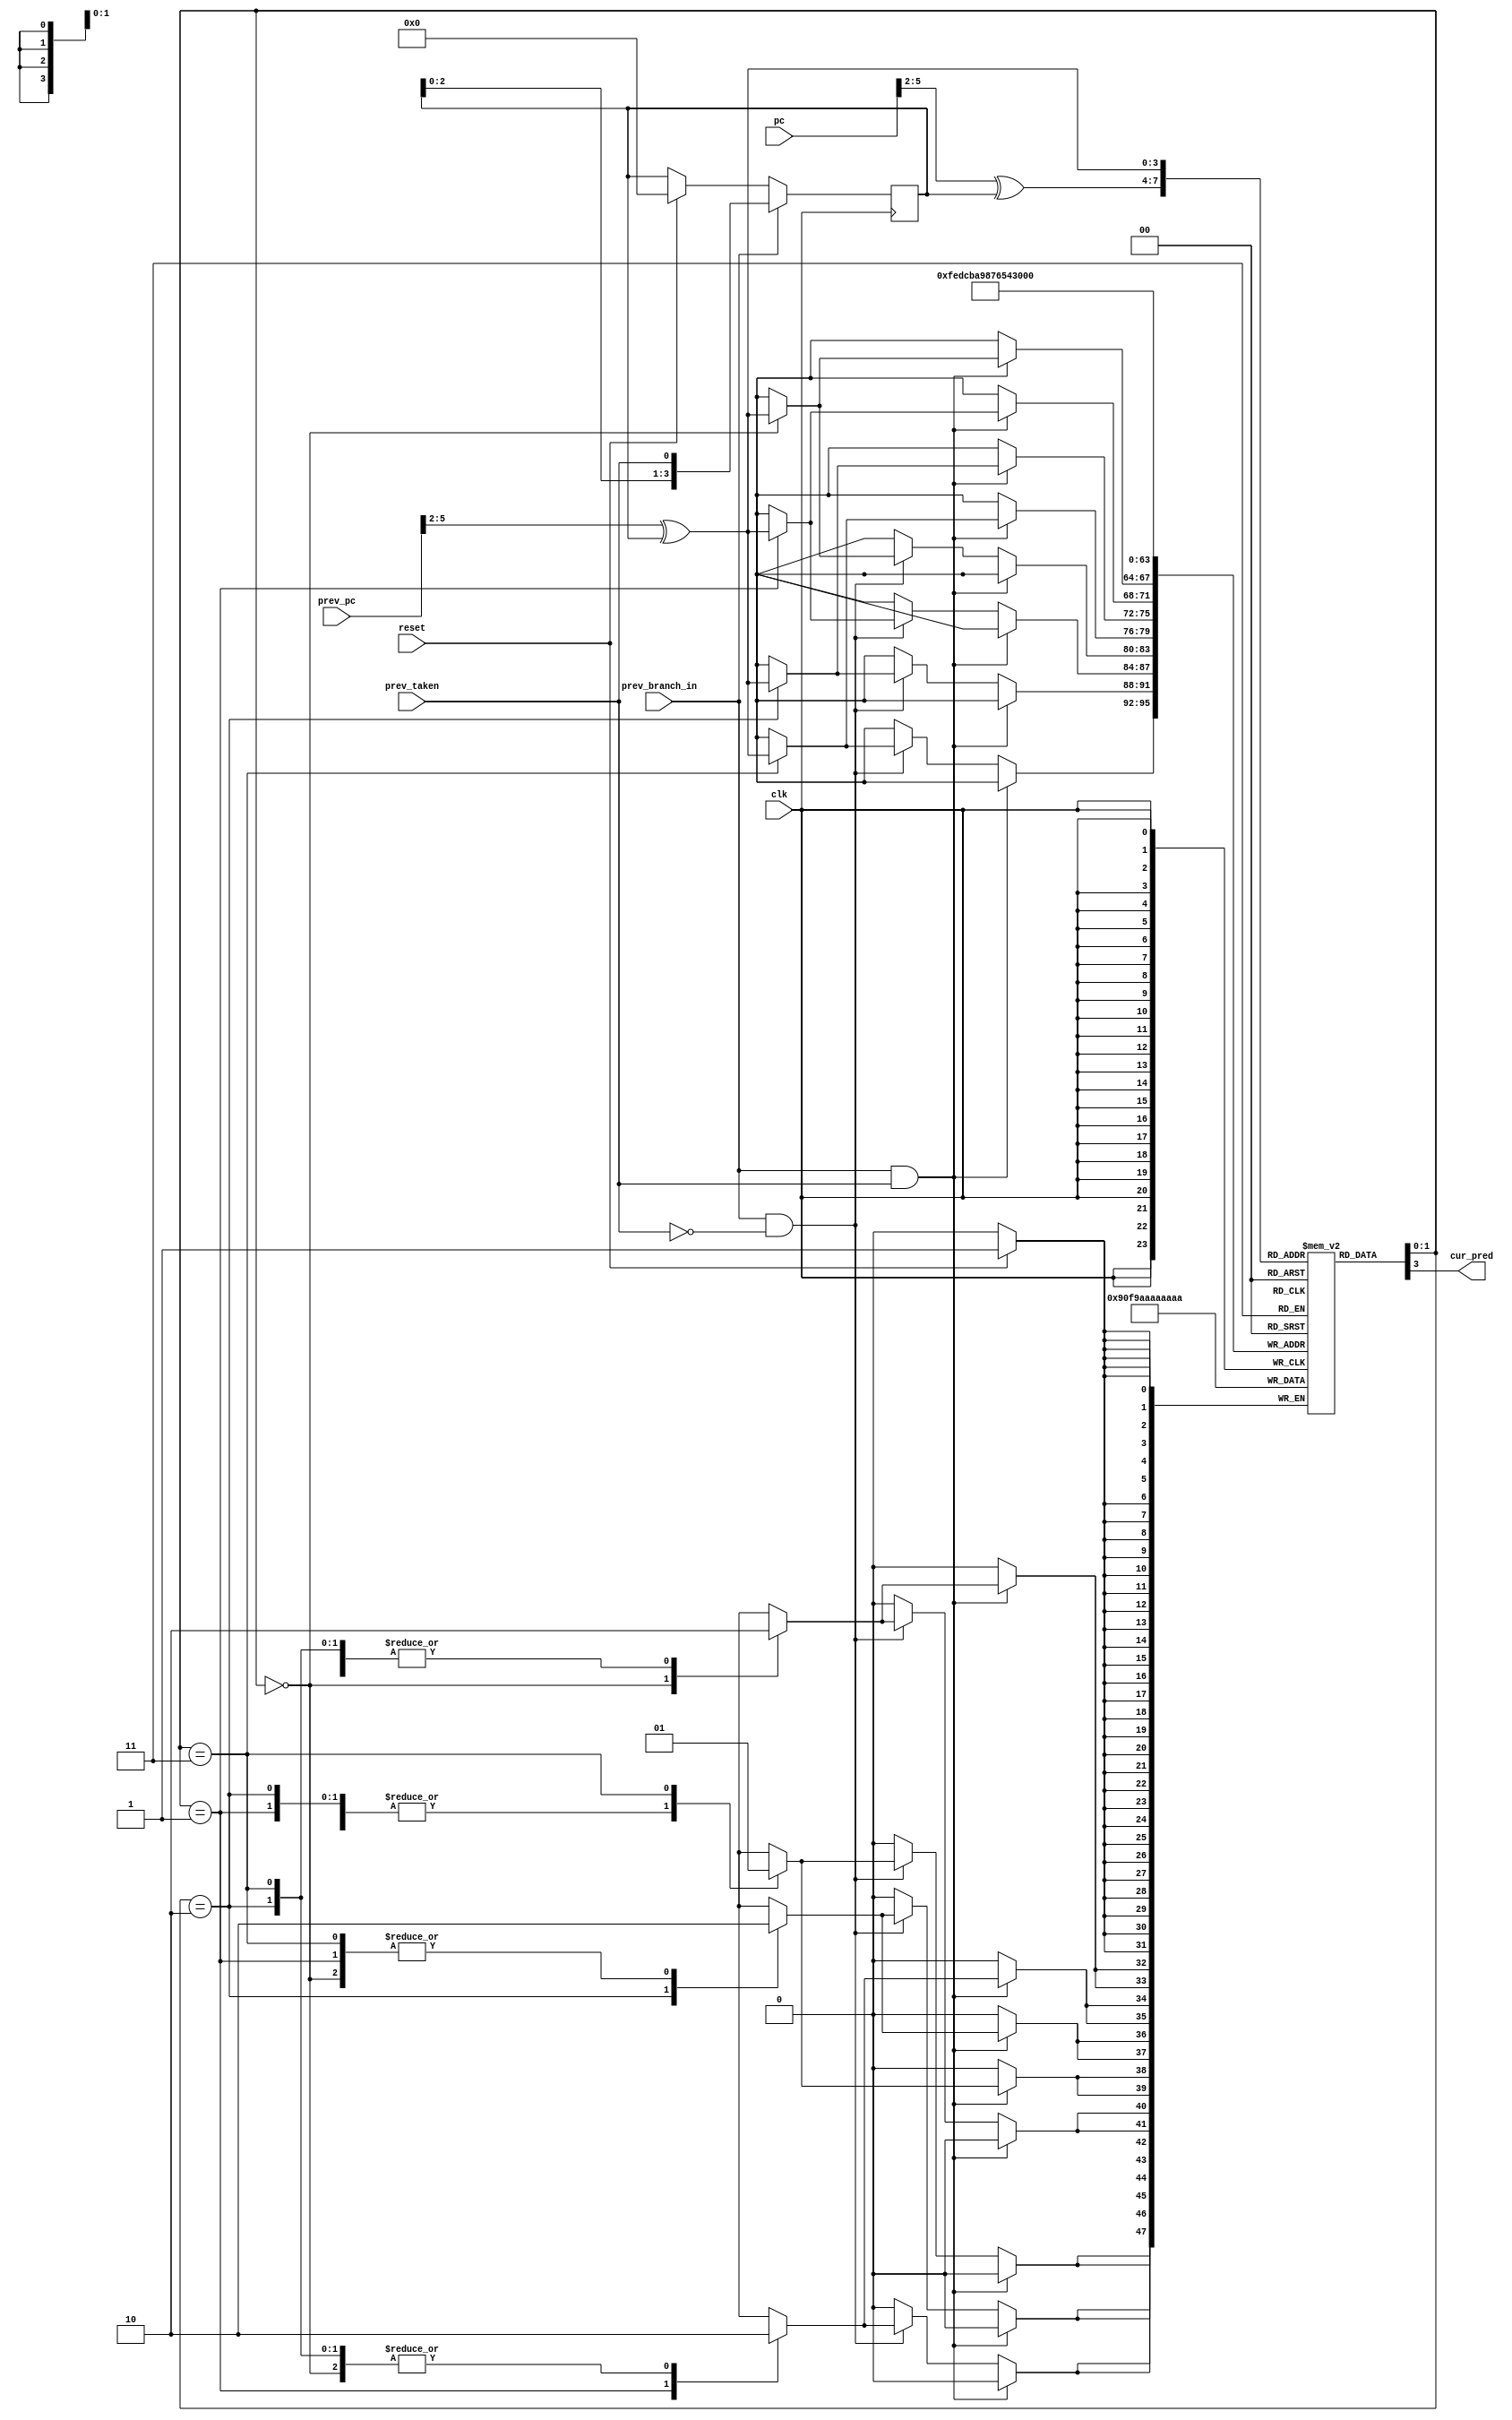
module gshare 
#(
  parameter GSHARE_WIDTH = 4,
  parameter PHT_LEN = 16
)
(
  input clk,
  input reset,

  // from fetch: current instr
  /* verilator lint_off UNUSED */
  input [31:0] pc,

  // from execute: last instr
  input [31:0] prev_pc,  // prev pc
  input prev_branch_in, // whether prev instr is branch
  input prev_taken, // whether prev instr taken
  // input prev_pred, // prev instr pred result
  // output prev_mispred, // whether prev instr mispred

  // to out: taken or not taken
  output cur_pred// cur instr pred
);

integer i =0;

// pattern history table 
reg [1:0] PHT [0:PHT_LEN-1];

// global history register
reg [GSHARE_WIDTH-1:0] GHR = 0;

// reg [GSHARE_WIDTH-1:0] prev_idx = 0;

// previous instr's index into PHT; aliasing issue exists
wire [GSHARE_WIDTH-1:0] prev_idx = prev_pc[GSHARE_WIDTH+1:2] ^ GHR;

wire [GSHARE_WIDTH-1:0] cur_idx = pc[GSHARE_WIDTH+1:2] ^ GHR;

// cur pred result
assign cur_pred = PHT[cur_idx][1];

// whether last instr is mispred
// assign prev_mispred = (prev_taken != prev_pred);

always @(posedge clk) begin
  if (reset) begin
    // prev_idx <= 0;
    GHR <= 0;
    for (i = 0; i < PHT_LEN; i = i + 1) begin
      PHT[i] <= 2'b10; // initial: weak taken
    end
  end

  // update GHR using last pc from execute
  if (prev_branch_in) begin
    GHR <= {GHR[GSHARE_WIDTH-2:0], prev_taken};
  end

  // update PHT using previous taken or not taken result
  if (prev_branch_in && prev_taken) begin
    case (PHT[prev_idx])
      2'b00:
        PHT[prev_idx] <= 2'b01;
      2'b01:
        PHT[prev_idx] <= 2'b10;
      2'b10:
        PHT[prev_idx] <= 2'b11;
      2'b11:
        PHT[prev_idx] <= 2'b11;
    endcase
  end else if (prev_branch_in && !prev_taken) begin
    case (PHT[prev_idx])
      2'b00:
        PHT[prev_idx] <= 2'b00;
      2'b01:
        PHT[prev_idx] <= 2'b00;
      2'b10:
        PHT[prev_idx] <= 2'b01;
      2'b11:
        PHT[prev_idx] <= 2'b10;
    endcase
  end

  /* verilator lint_on UNUSED */
end

endmodule